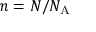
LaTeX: n = N / N _ { \mathrm { A } }